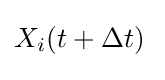
X_{i}(t+\Delta t){\frac {}{}}